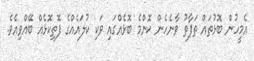
އެމީހުން ބޮޅުތައް ތަފާތު ވާނެހެން ކޮންމެ ބޮޅެއްގައި ވަކި ކުލައެއްގެ ފޮތިކޮޅެއް ބޭއްވިއެވެ.